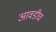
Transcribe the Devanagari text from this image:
आवडीच